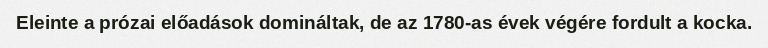
Eleinte a prózai előadások domináltak, de az 1780-as évek végére fordult a kocka.